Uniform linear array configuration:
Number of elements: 16
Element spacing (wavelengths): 0.5
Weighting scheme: kaiser
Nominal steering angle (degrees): -60
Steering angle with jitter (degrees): -60.181
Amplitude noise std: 0.05
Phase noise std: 0.05

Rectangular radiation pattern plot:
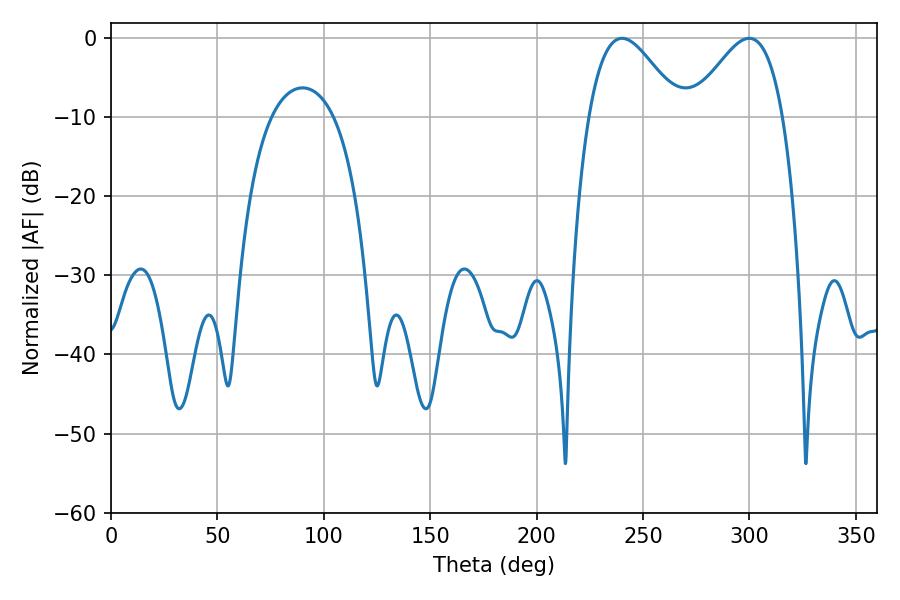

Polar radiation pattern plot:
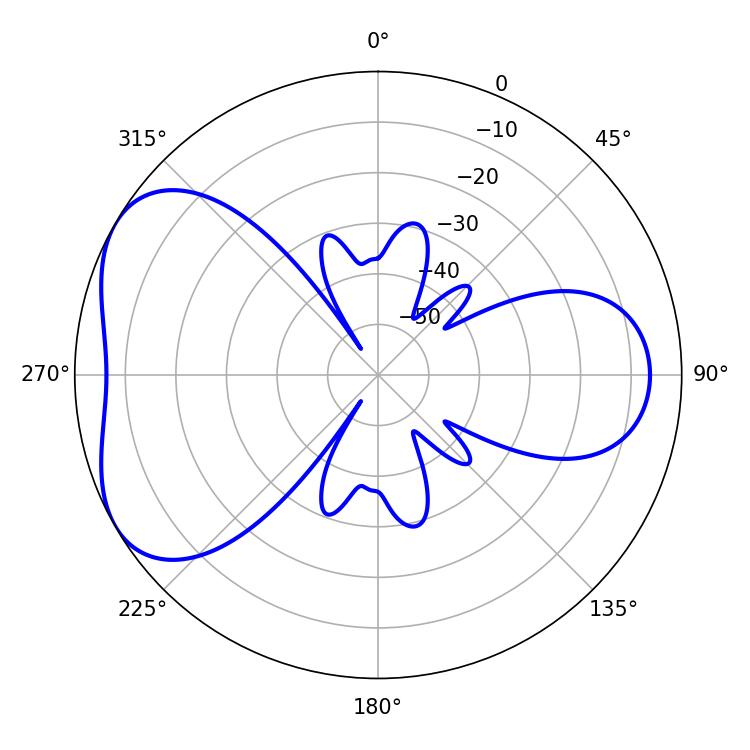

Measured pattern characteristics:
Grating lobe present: FALSE
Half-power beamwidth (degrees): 23.04
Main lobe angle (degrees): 240.12